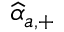
\widehat { \alpha } _ { a , + }